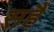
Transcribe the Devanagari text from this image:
सहैं